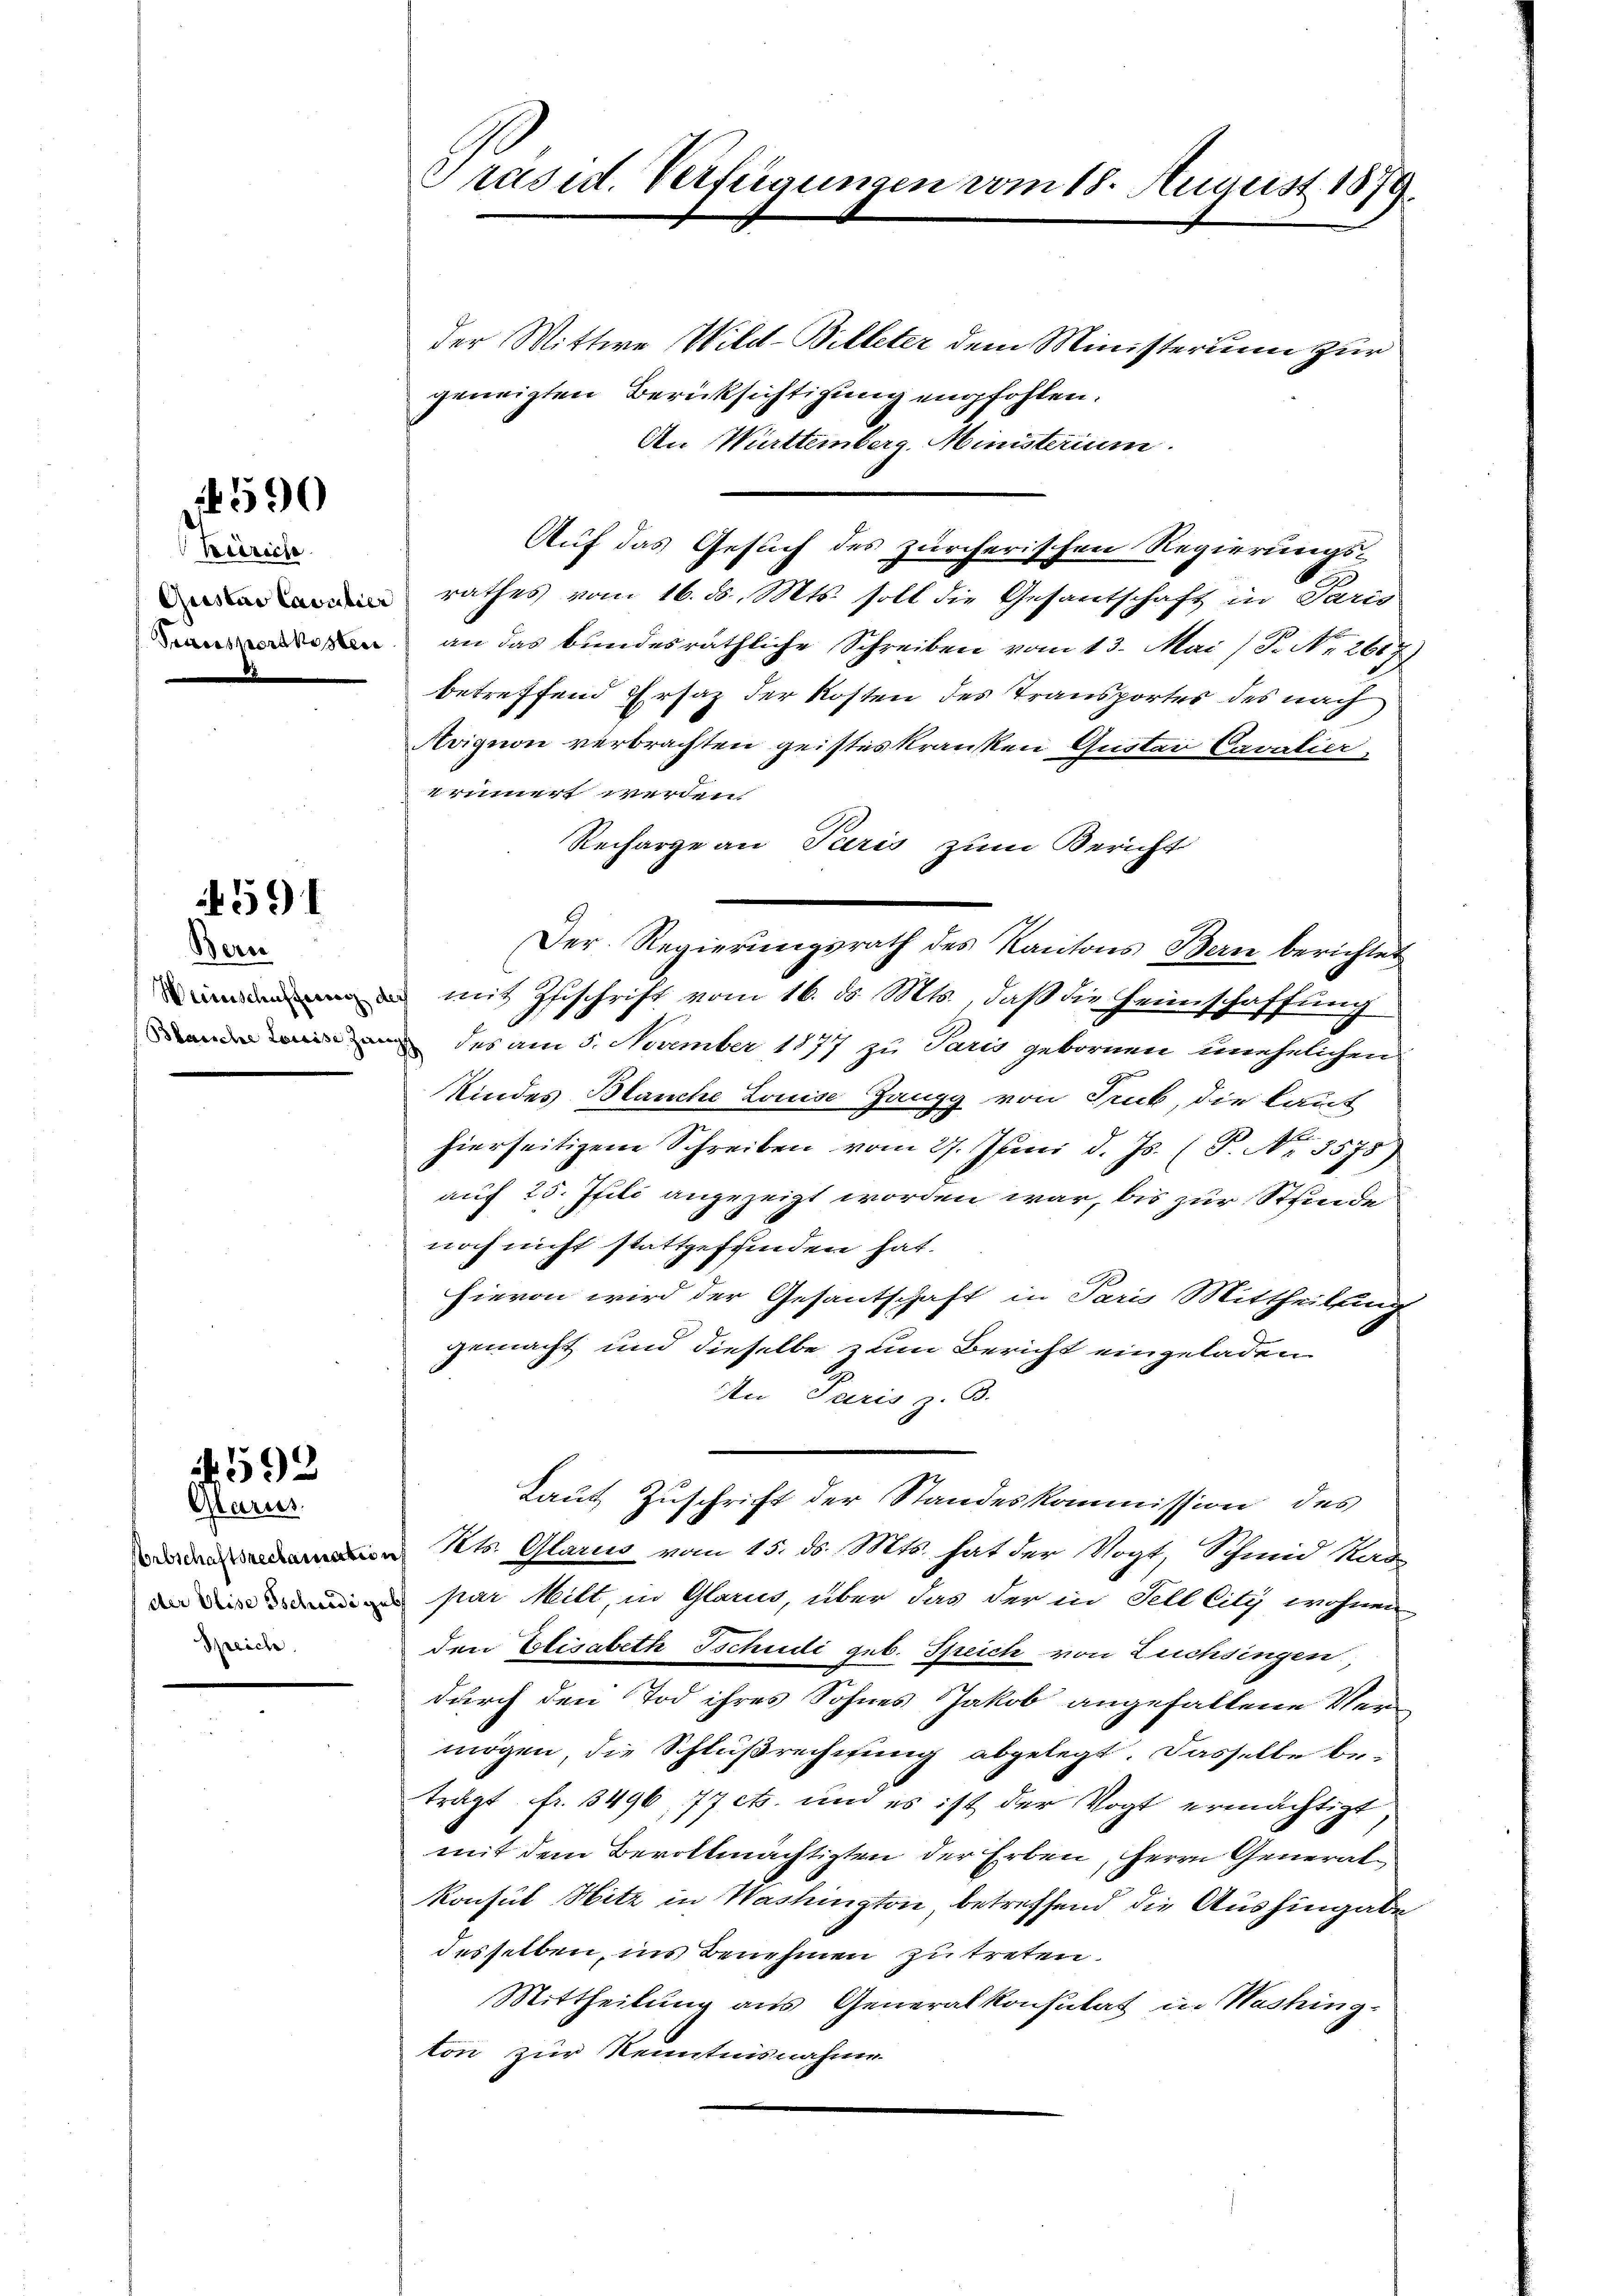
Beriche
D

590

1591

der Mittwe Wild-Billeter dem Ministerium zur
geneigten Berücksichtigung empfohlen.
An Württemberg. Ministerium.
Auf das Gesuch des zürcherischen Regierungs¬
 rathes vom 16. d. Mts. soll die Gesantschaft in Paris
 an das bundesräthliche Schreiben vom 13. Mai (S. Nr. 2617
betreffend Ersatz der Kosten des Transportes des nach
Avignon verbrachten geisteskranken Quoter Cavalier,
rinnert werden.
Recharge an Paris zum Bericht
Der Regierungsrath des Kantons Bern berichtet
 mit Zuschrift vom 16. ds. Mts., daß die Heimschaffung
 des am 5. November 1877 zu Paris gebornen unehelichen
Kindes Blanche Louise Zangg von Truk, die laut
hierseitigen Schreiben vom 27. Juni d. Js. (T. No. 3575)
auf 25. Jfili angezeigt worden war, bis zur Steinde
noch nicht stattgefunden hat.
hievon wird der Gesantschaft in Paris Mittheilung
gemacht und dieselbe zum Bericht eingeladen
An Paris z. B.
Laut Zuschrift der Standeskommission des
 Kts. Glarus vom 15. ds. Mts. hat der Mogt, Schmid Rad
 par Milt, in Glarus, über das der in Fell City wohnen
den Elisabeth Tschudi geb. Speich von Luchsingen
durch den Tod ihres Sohnes Jakob angefallene Vermögen, die Schlußrechnung abgelegt. Dasselbe be-
trägt fr. 3496, 77 cts. und es ist der Vogt ermächtigt,
mit dem Bevollmächtigten der Erben, Herrn Generalkonsul Hitz in Washington, betreffend die Aushingabe
desselben, ins Benehmen zu treten.
Mittheilung aus Generalkonsulat in Washing
ton zur Kenntnisnahme

Bern

592
Glarus.

Speich

Präsid. Verfügungen vom 18. August 1879.